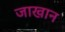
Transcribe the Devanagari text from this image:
जाखान